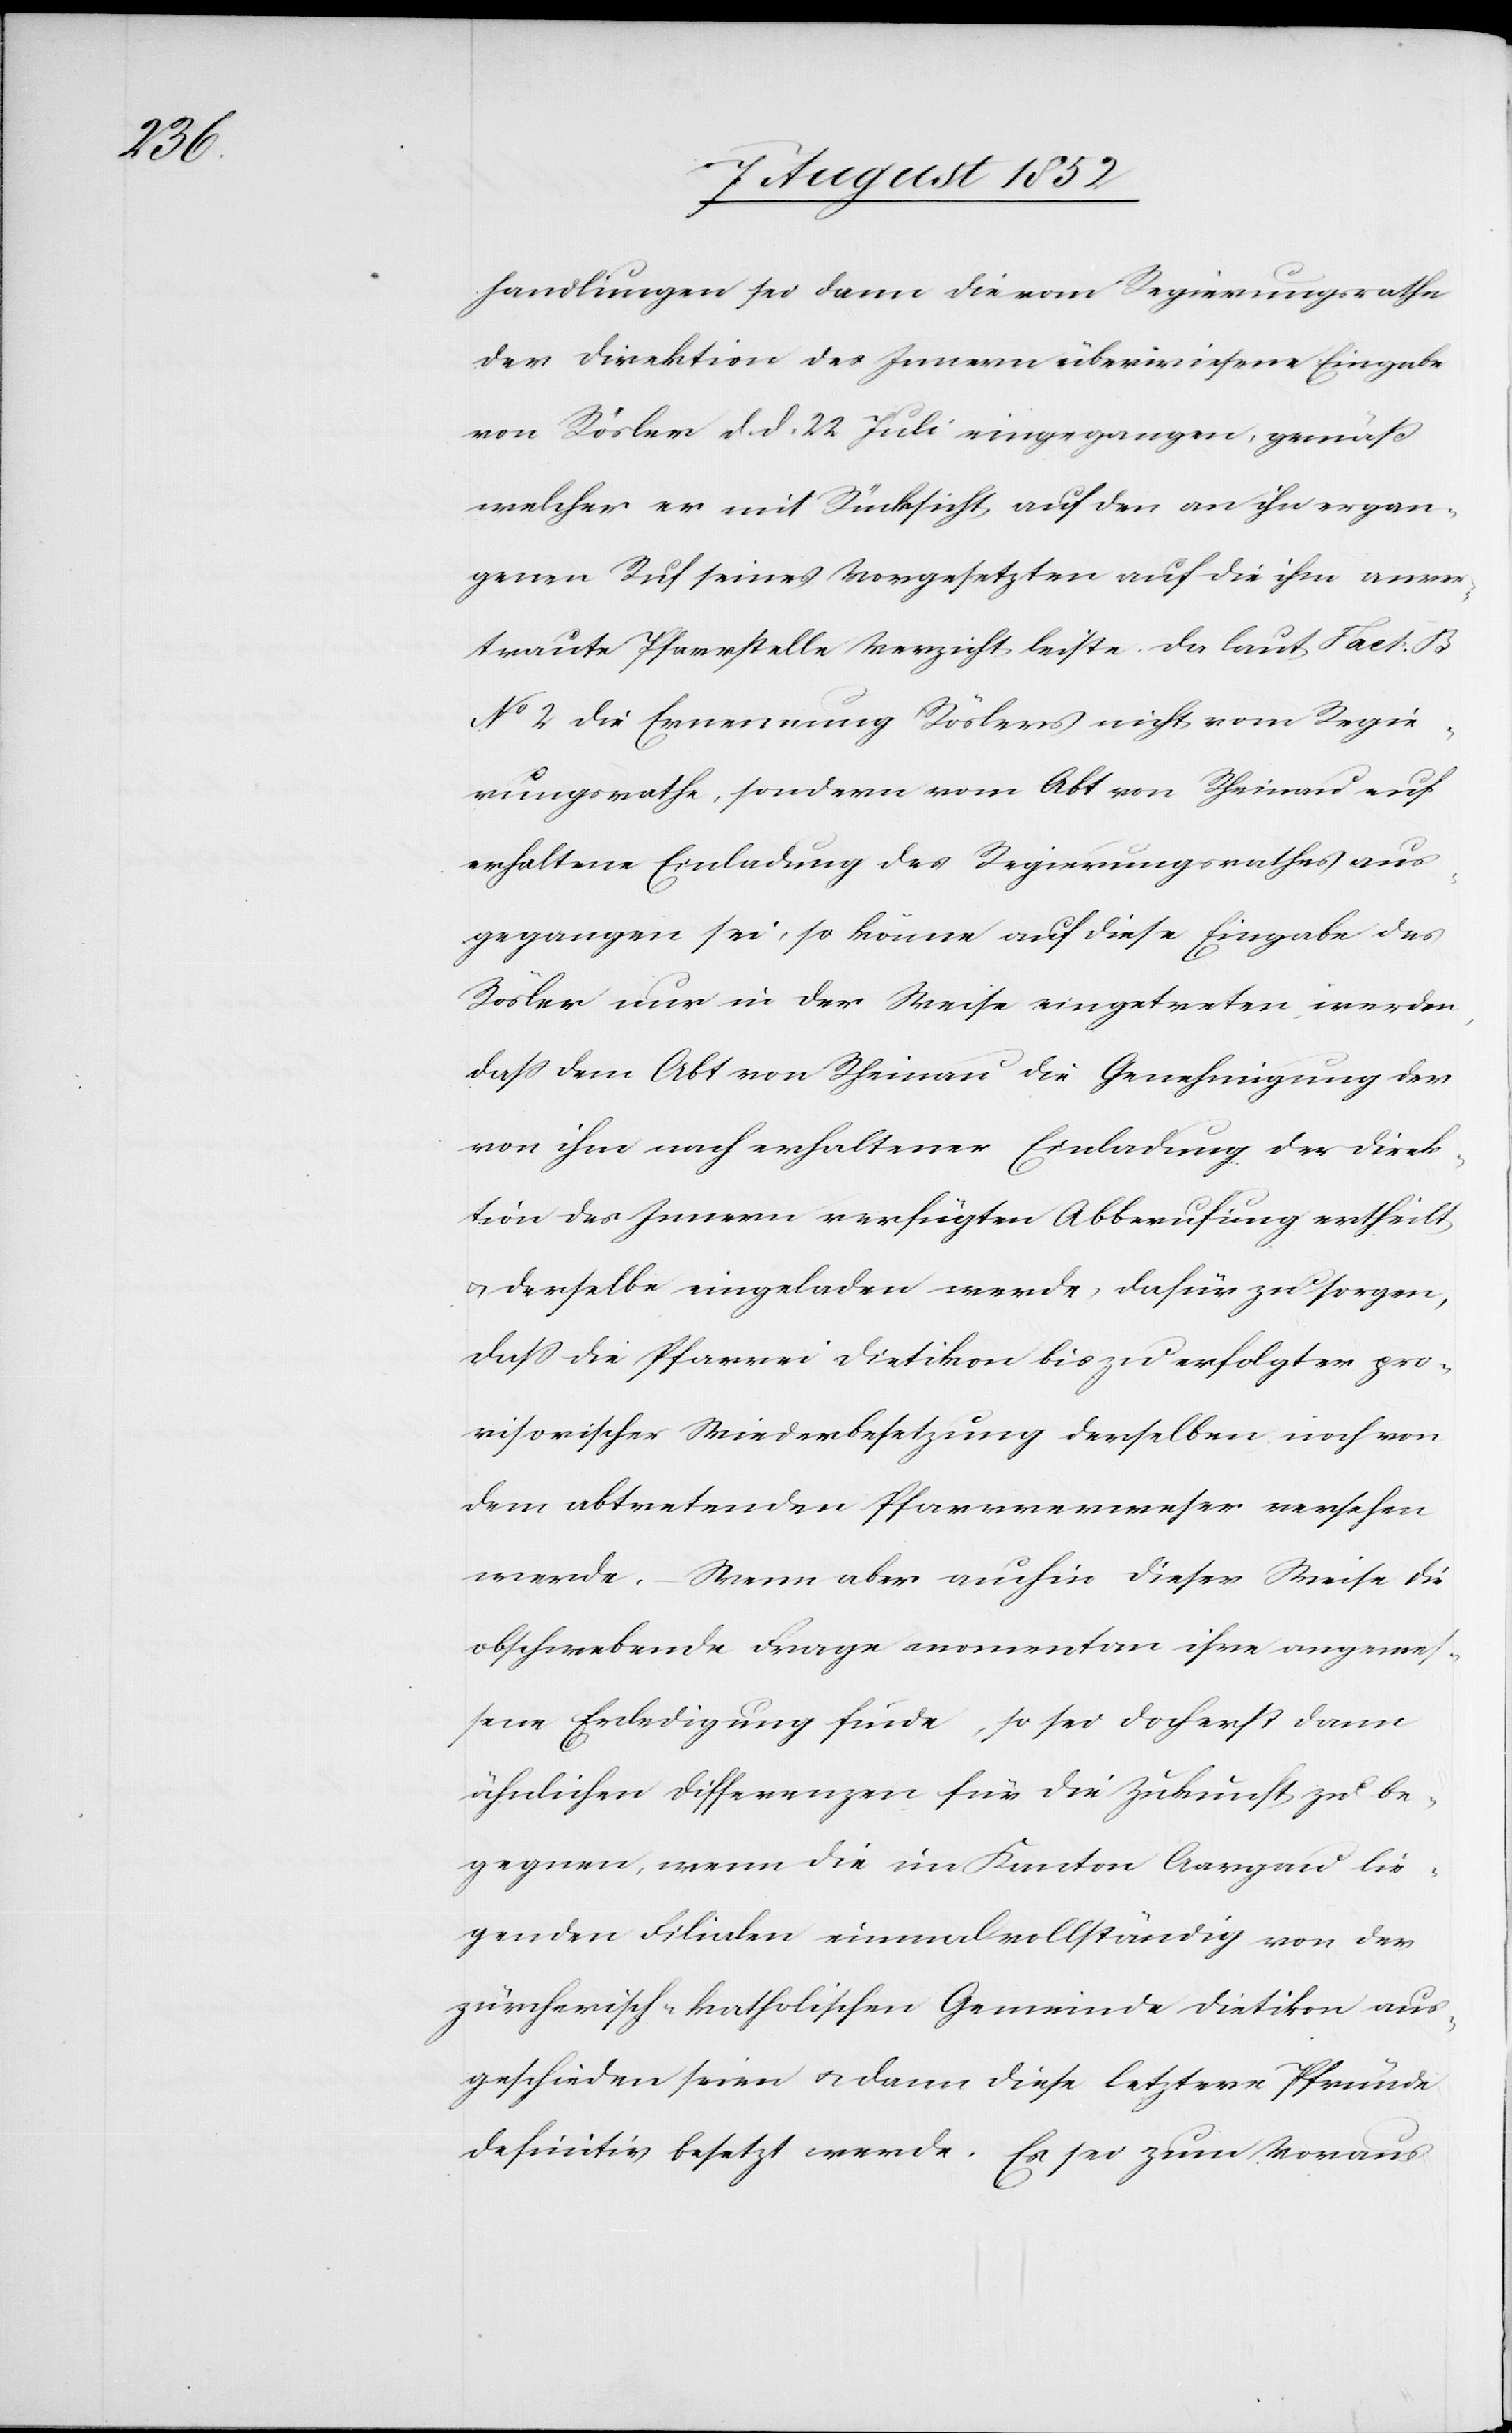
handlungen sei dann die vom Regierungsrathe
der Direktion des Innern überwiesene Eingabe
von Rösler d. d. 22 Juli eingegangen, gemäß
welcher er mit Rücksicht auf den an ihn ergan¬
genen Ruf seines Vorgesetzten auf die ihm anver¬
traute Pfarrstelle Verzicht leiste. Da laut Fact: B
No 2 die Ernennung Röslers nicht vom Regie¬
rungsrathe, sondern vom Abt von Rheinau auf
erhaltene Einladung des Regierungsrathes aus¬
gegangen sei, so könne auf diese Eingabe des
Rösler nur in der Weise eingetreten werden,
dass dem Abt von Rheinau die Genehmigung der
von ihm nach erhaltener Einladung der Direk¬
tion des Innern verfügten Abberufung ertheilt
& derselbe eingeladen werde, dafür zu sorgen,
dass die Pfarrei Dietikon bis zu erfolgter pro¬
visorischer Wiederbesetzung derselben noch von
dem abtretenden Pfarrverweser versehen
werde. – Wenn aber auch in dieser Weise die
obschwebende Frage momentan ihre angemes¬
sene Erledigung finde, so sei doch erst dann
ähnlichen Differenzen für die Zukunft zu be¬
gegnen, wenn die im Kanton Aargau lie¬
genden Filialen einmal vollständig von der
zürcherisch-katholischen Gemeinde Dietikon aus¬
geschieden seien & dann diese letztere Pfründe
definitiv besetzt werde. Es sei zum Voraus